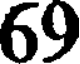
69